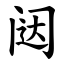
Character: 闼